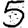
Digit: 5